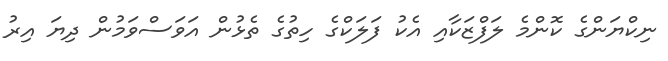
ނިކްޔަންގެ ކޮންމެ ލަފްޒަކާއި އެކު ފަލަކްގެ ހިތުގެ ތެޅުން އަވަސްވަމުން ދިޔަ އިރު